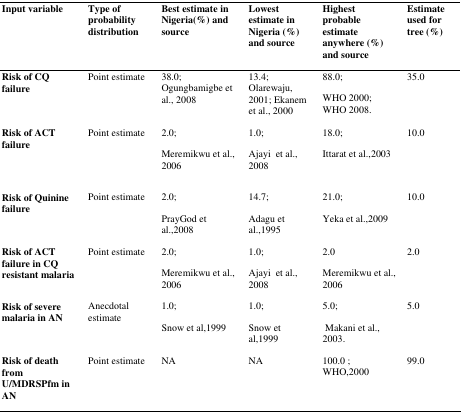
<table><thead><tr><td><b>Input variable</b></td><td><b>Type of probability distribution</b></td><td><b>Best estimate in Nigeria(%) and source</b></td><td><b>Lowest estimate in Nigeria (%) and source</b></td><td><b>Highest probable estimate anywhere (%) and source</b></td><td><b>Estimate used for tree (%)</b></td></tr></thead><tbody><tr><td><b>Risk of CQ</b><b>failure</b></td><td>Point estimate</td><td>38.0; Ogungbamigbe et al., 2008</td><td>13.4; Olarewaju, 2001; Ekanem et al., 2000</td><td>88.0; WHO 2000; WHO 2008.</td><td>35.0</td></tr><tr><td><b>Risk of ACT</b><b>failure</b></td><td>Point estimate</td><td>2.0; Meremikwu et al., 2006</td><td>1.0; Ajayi et al., 2008</td><td>18.0; Ittarat et al.,2003</td><td>10.0</td></tr><tr><td><b>Risk of Quinine</b><b>failure</b></td><td>Point estimate</td><td>2.0; PrayGod et al.,2008</td><td>14.7; Adagu et al.,1995</td><td>21.0; Yeka et al.,2009</td><td>10.0</td></tr><tr><td><b>Risk of ACT</b><b>failure in CQ</b><b>resistant malaria</b></td><td>Point estimate</td><td>2.0; Meremikwu et al., 2006</td><td>1.0; Ajayi et al., 2008</td><td>2.0 Meremikwu et al., 2006</td><td>2.0</td></tr><tr><td><b>Risk of severe</b><b>malaria in AN</b></td><td>Anecdotal estimate</td><td>1.0; Snow et al,1999</td><td>1.0; Snow et al,1999</td><td>5.0; Makani et al., 2003.</td><td>5.0</td></tr><tr><td><b>Risk of death</b><b>from</b><b>U/MDRSPfm in</b><b>AN</b></td><td>Point estimate</td><td>NA</td><td>NA</td><td>100.0 ; WHO,2000</td><td>99.0</td></tr></tbody></table>